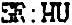
SR:HU